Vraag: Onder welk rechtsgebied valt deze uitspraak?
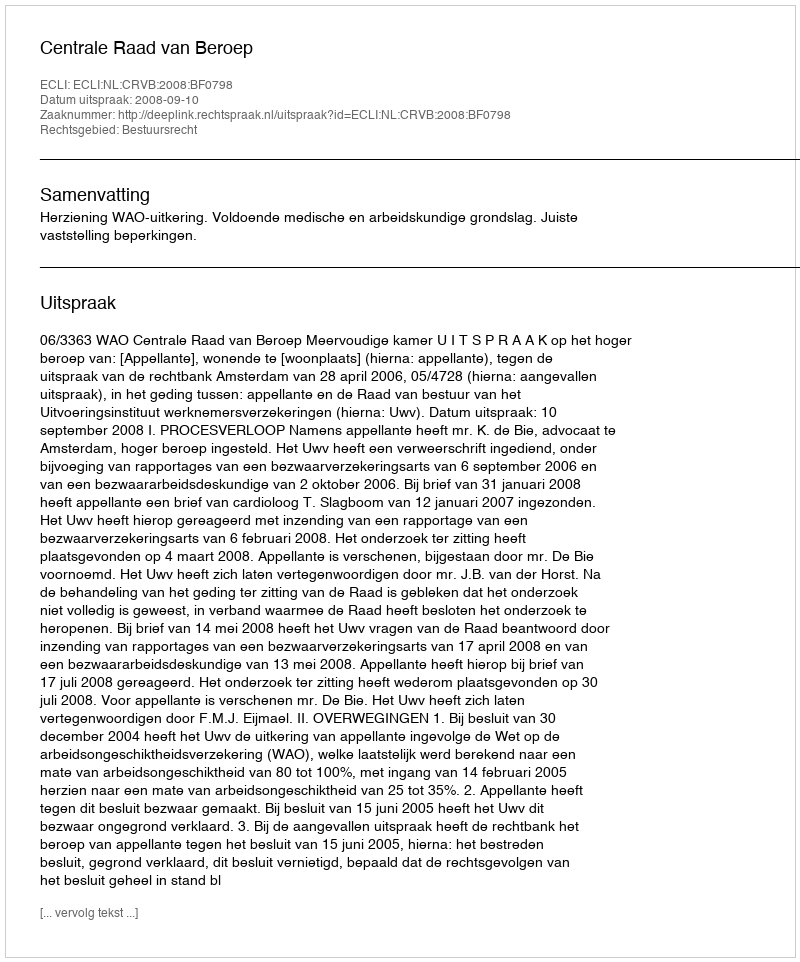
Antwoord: Bestuursrecht